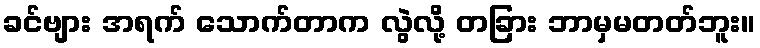
ခင်ဗျား အရက် သောက်တာက လွဲလို့ တခြား ဘာမှမတတ်ဘူး။